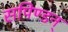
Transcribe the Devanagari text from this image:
सपिण्डन्